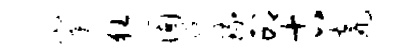
窠狂固院琉邙古瓮